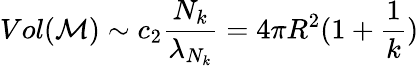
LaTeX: Vol({\cal M})\sim c_{2}\frac{N_{k}}{\lambda_{N_{k}}}=4\pi R^{2}(1+\frac{1}{k})